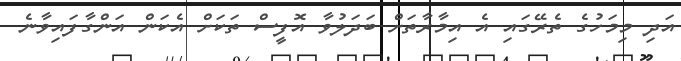
އަދި މިމަހުގެ ތެރޭގައި އެ އިމާރާތަށް ބަދަލުވާ އޮފީސް ތަކަށް އެކަން އަންގާފައިވާނެ